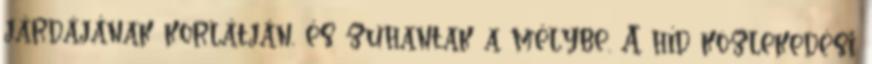
járdájának korlátján, és zuhantak a mélybe. A híd közlekedési